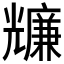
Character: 𠓌